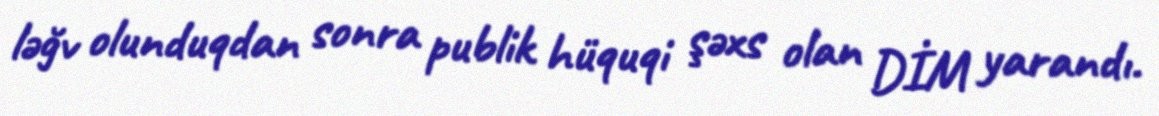
ləğv olunduqdan sonra publik hüquqi şəxs olan DİM yarandı.